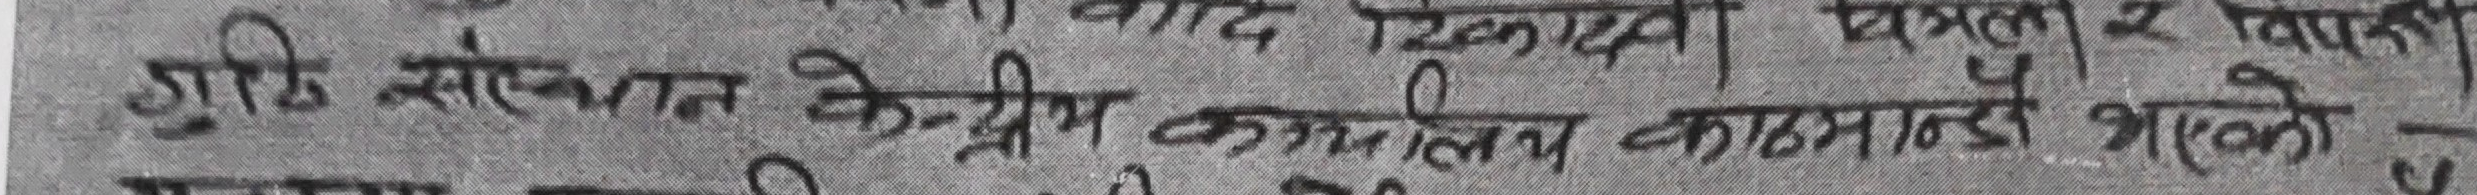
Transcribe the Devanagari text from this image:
भूमि संवत् केन्द्रीय कार्यालय काठमान्डौ भएको